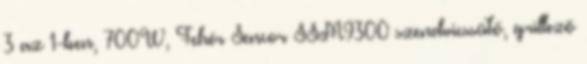
3 az 1-ben, 700W, Fehér Sencor SSM9300 szendvicssütő, grillező